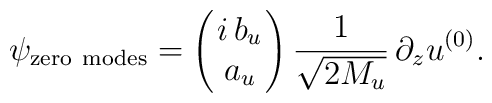
\psi_{\rm zero~modes}=\left(\!\!\begin{array}{c} i\,b_u\\ a_u\end{array}\!\!\right)\frac{1}{\sqrt{2M_u}}\,\partial_z u^{(0)}.